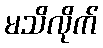
မသိလိုက်